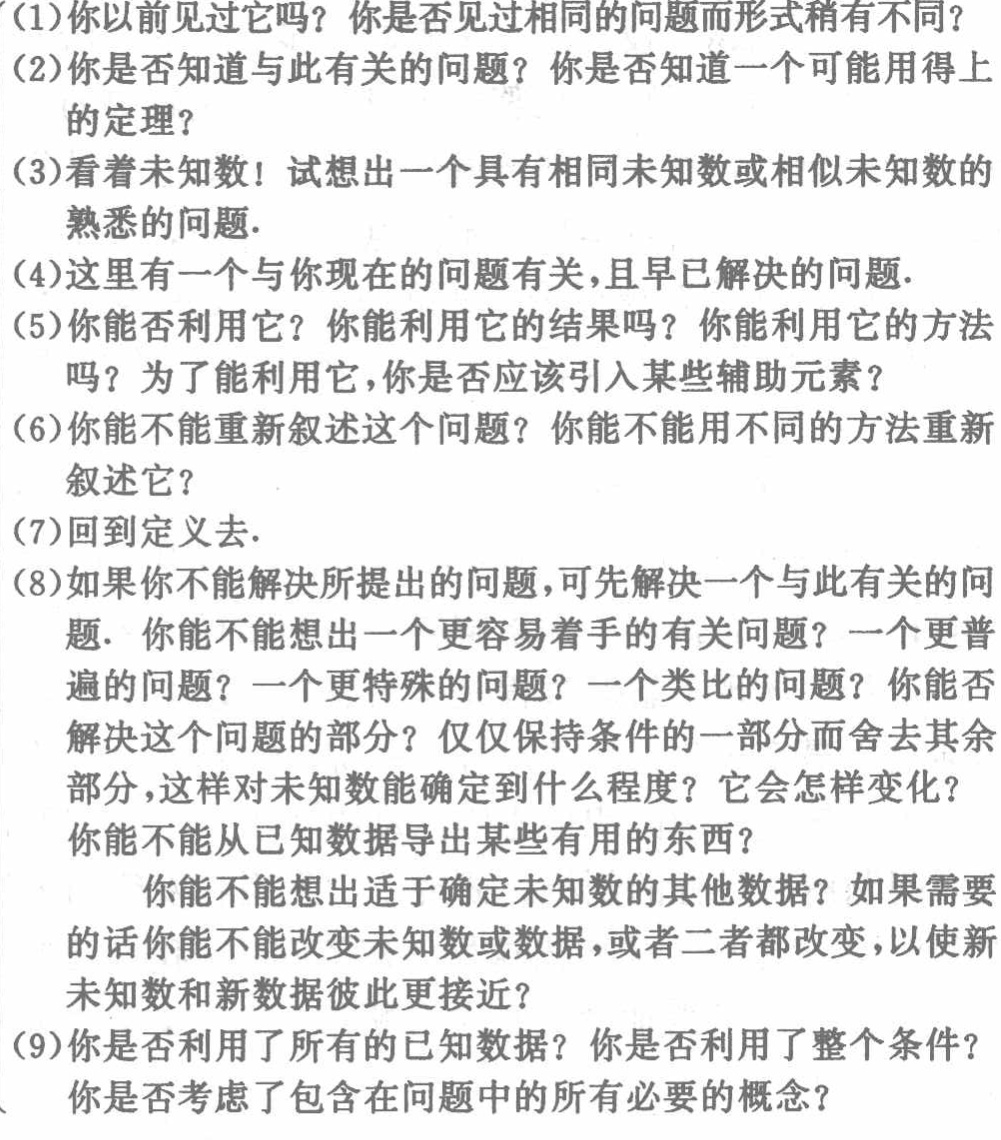
(1)你以前见过它吗？你是否见过相同的问题而形式稍有不同？

(2)你是否知道与此有关的问题？你是否知道一个可能用得上的定理？

(3)看着未知数！试想出一个具有相同未知数或相似未知数的熟悉的问题.

(4)这里有一个与你现在的问题有关，且早已解决的问题.

(5)你能否利用它？你能利用它的结果吗？你能利用它的方法吗？为了能利用它，你是否应该引入某些辅助元素？

(6)你能不能重新叙述这个问题？你能不能用不同的方法重新叙述它？

(7)回到定义去.

(8)如果你不能解决所提出的问题，可先解决一个与此有关的问题. 你能不能想出一个更容易着手的有关问题？一个更普遍的问题？一个更特殊的问题？一个类比的问题？你能否解决这个问题的部分？仅仅保持条件的一部分而舍去其余部分，这样对未知数能确定到什么程度？它会怎样变化？你能不能从已知数据导出某些有用的东西？

你能不能想出适于确定未知数的其他数据？如果需要的话你能不能改变未知数或数据，或者二者都改变，以使新未知数和新数据彼此更接近？

(9)你是否利用了所有的已知数据？你是否利用了整个条件？你是否考虑了包含在问题中的所有必要的概念？